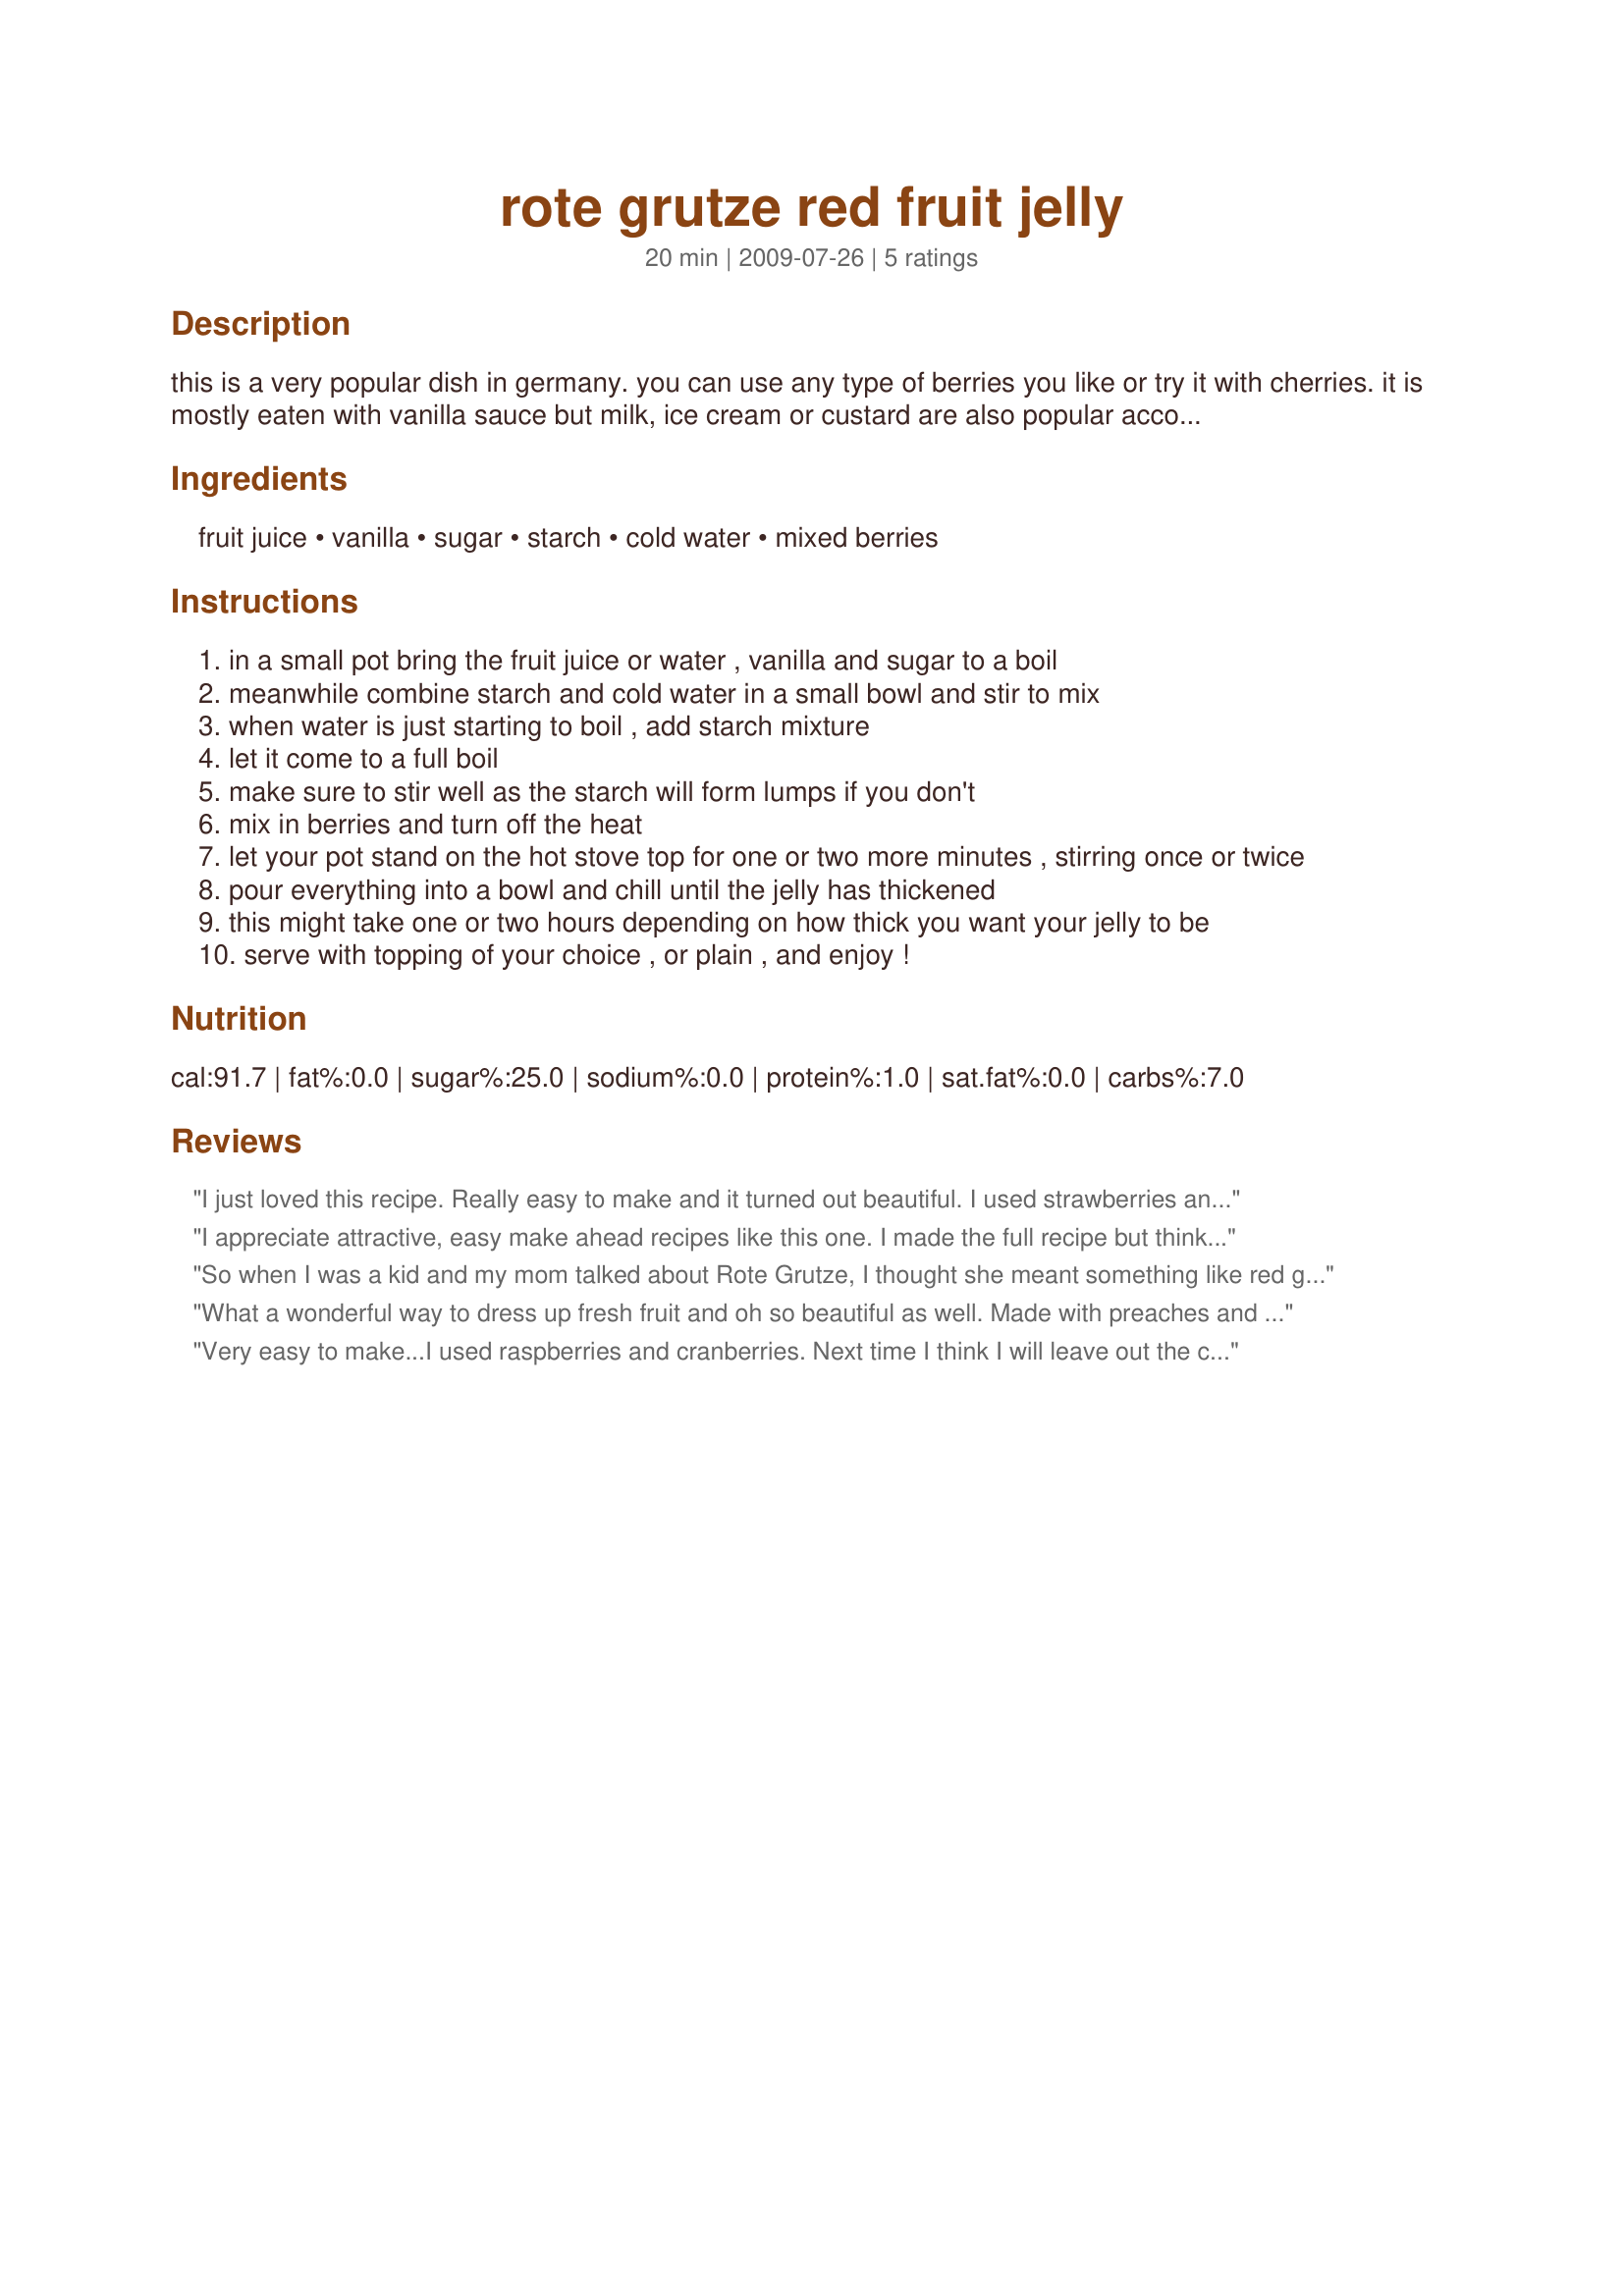
rote grutze red fruit jelly
Preparation time: 20 minutes

this is a very popular dish in germany. you can use any type of berries you like or try it with cherries.
it is mostly eaten with vanilla sauce but milk, ice cream or custard are also popular accompaniments.

Ingredients:
fruit juice, vanilla, sugar, starch, cold water, mixed berries

Steps:
in a small pot bring the fruit juice or water , vanilla and sugar to a boil
meanwhile combine starch and cold water in a small bowl and stir to mix
when water is just starting to boil , add starch mixture
let it come to a full boil
make sure to stir well as the starch will form lumps if you don't
mix in berries and turn off the heat
let your pot stand on the hot stove top for one or two more minutes , stirring once or twice
pour everything into a bowl and chill until the jelly has thickened
this might take one or two hours depending on how thick you want your jelly to be
serve with topping of your choice , or plain , and enjoy !

Reviews:
I just loved this recipe. Really easy to make and it turned out beautiful. I used strawberries and blackberries, so it came out sweet and tart. Too bad there aren't any leftovers! I think that's the only downside to it.
I appreciate attractive, easy make ahead recipes like this one. I made the full recipe but think it would feed a lot more than 8 people if served over ice cream I think more like 12 people so it would be a great way to extend amount of fresh fruit. I do wonder how long it keeps well in the refrigerator though? I used white grape juice (wish I had used something tarter like cranberry), the minimal amount of sugar, corn starch, and a combination of blueberries and raspberries. Thanks Lalaloula for sharing. Made for Everyday is a Holiday game.
So when I was a kid and my mom talked about Rote Grutze, I thought she meant something like red grits, or cream of wheat or something in the cereal category. I'm glad it's actually this yummy fruit jelly! I used frozen red raspberries from my garden. I will try with different fruit another time. Made for Aussie/Kiwi Make my Recipe Reunion, Nov. 2011
What a wonderful way to dress up fresh fruit and oh so beautiful as well. Made with preaches and raspberries and served in martini glasses. Did not use the suggestion of adding ice cream or custard as we are watching our weight, how ever can tell both would be fantastic with this fruit. Thank You So Much for the post.
Very easy to make...I used raspberries and cranberries. Next time I think I will leave out the cranberries and use something else. Beautiful to look at. Made for Newest Zaar Tag.
